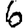
Digit: 6